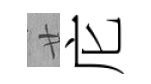
廿庀